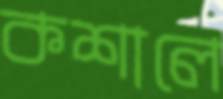
কশালে